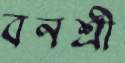
বনশ্রী